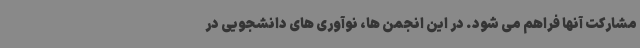
مشارکت آنها فراهم می شود. در این انجمن ها، نوآوری های دانشجویی در